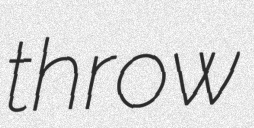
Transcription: throw